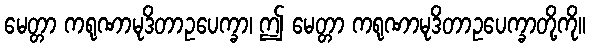
မေတ္တာ ကရုဏာမုဒိတာဥပေက္ခာ၊ ဤ မေတ္တာ ကရုဏာမုဒိတာဥပေက္ခာတို့ကို။